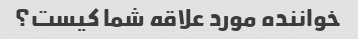
خواننده مورد علاقه شما کیست؟